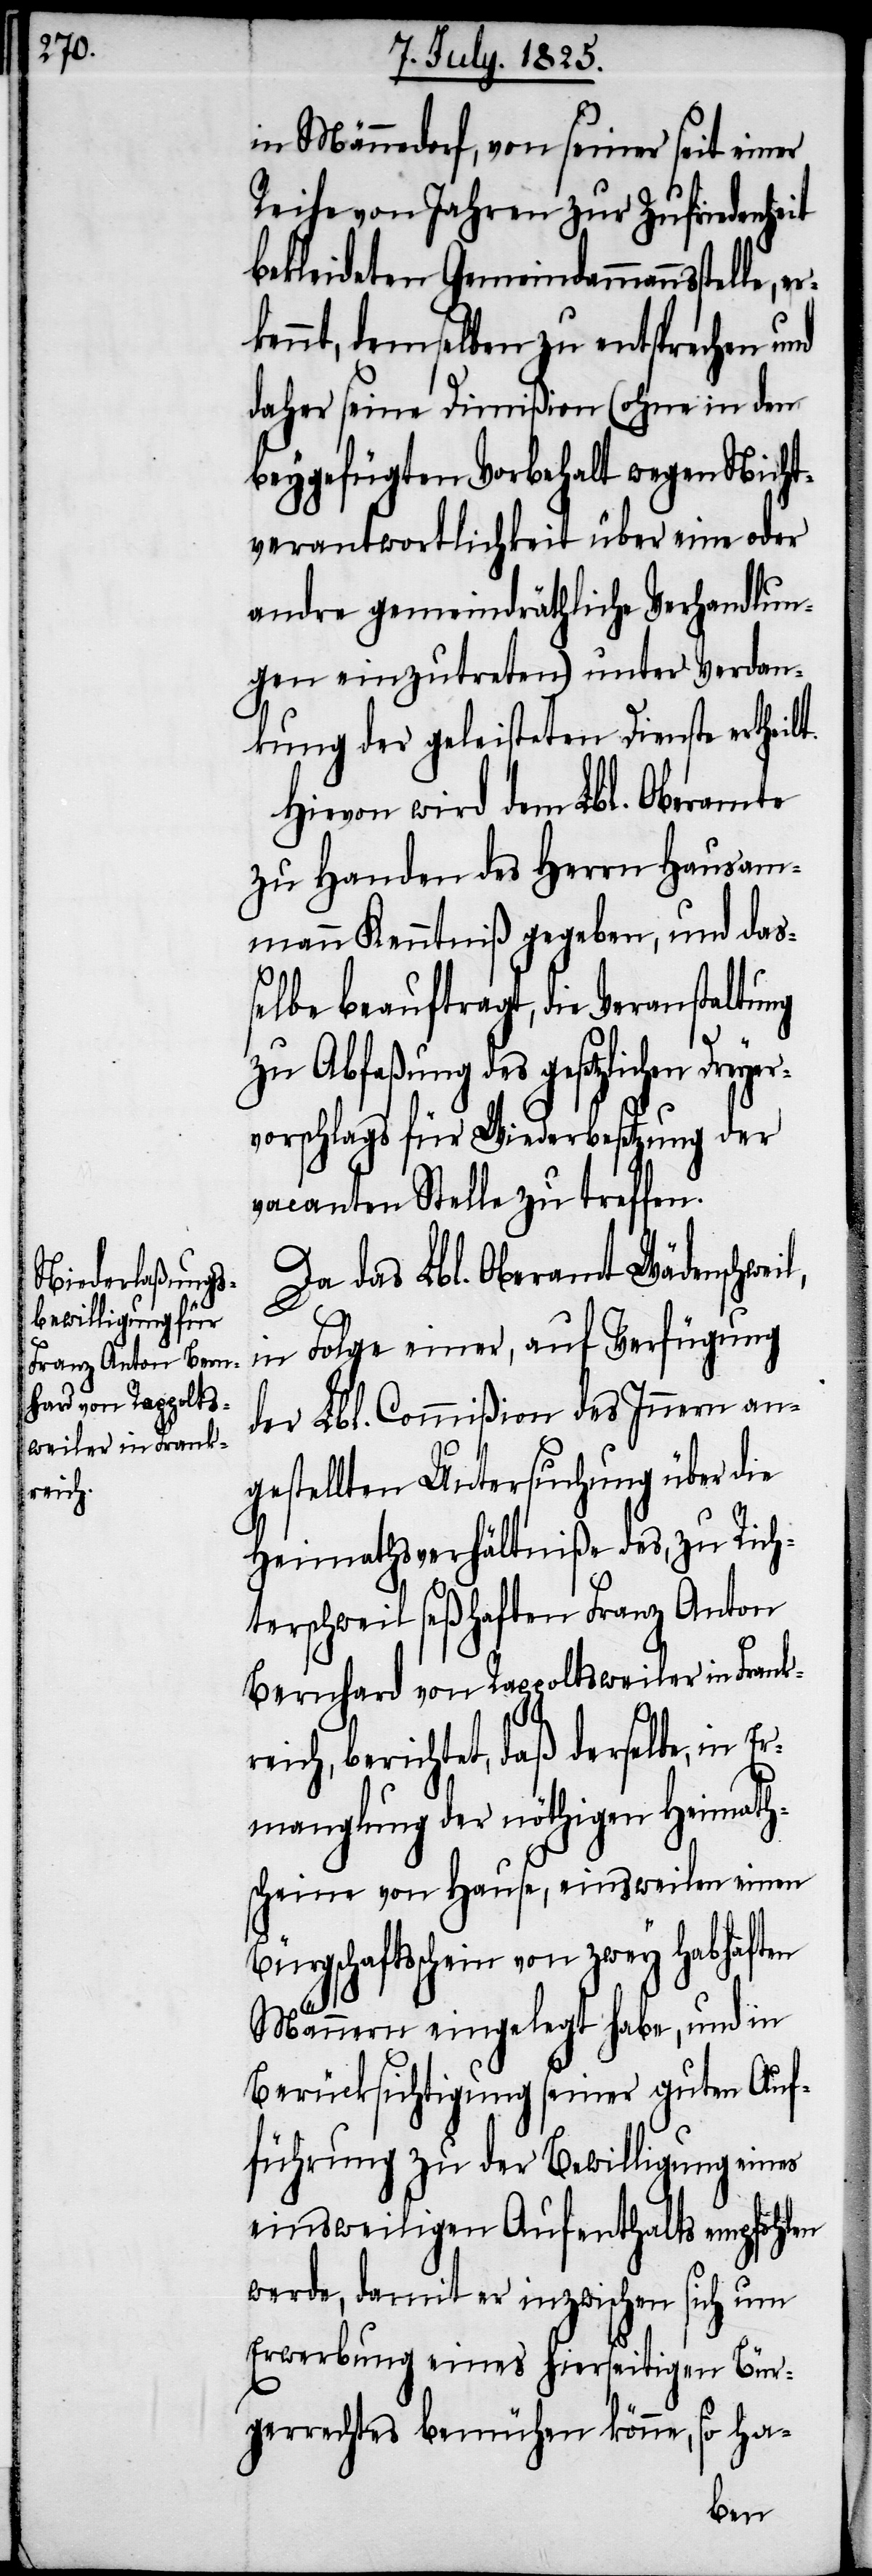
in Männedorf, von seiner seit einer
Reihe von Jahren zur Zufriedenheit
bekleideten Gemeindammannsstelle,
kennt, demselben zu entsprechen und
daher seine Dimißion (ohne in dem
beygefügten Vorbehalt wegen Nicht¬
verantwortlichkeit über eine oder
andre gemeindräthliche Verhandlun¬
gen einzutreten) unter Verdan¬
kung der geleisteten Dienste
Hievon wird dem Lbl. Oberamte
zu Handen des Herrn Hausam¬
mann Kenntniß gegeben, und das¬
selbe beauftragt, die Veranstaltung
zu Abfaßung des gesetzlichen Dreyer¬
vorschlags für Wiederbesetzung der
vacanten Stelle zu treffen.
Da das Lbl. Oberamt Wädenschweil,
in Folge einer, auf Verfügung
der Lbl. Commißion des Innern an¬
gestellten Untersuchung über die
Heimathsverhältniße des, zu Rich¬
terschweil seßhaften Franz Anton
Bernhard von Rappoltsweiler in Frank¬
reich, berichtet, daß derselbe, in
Ermanglung der nöthigen Heimath¬
scheine von Hause, einsweilen einen
Bürgschaftsschein von zwey habhaften
Männern eingelegt habe, und in
Berücksichtigung seiner guten Auf¬
führung zu der Bewilligung eines
einsweiligen Aufenthalts empfohlen
werde, damit er inzwischen sich um
Erwerbung eines hierseitigen Bür¬
gerrechtes bemühen könne, so ha-
er¬